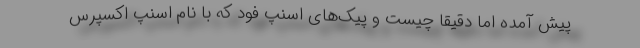
پیش آمده اما دقیقا چیست و پیک‌های اسنپ فود که با نام اسنپ اکسپرس